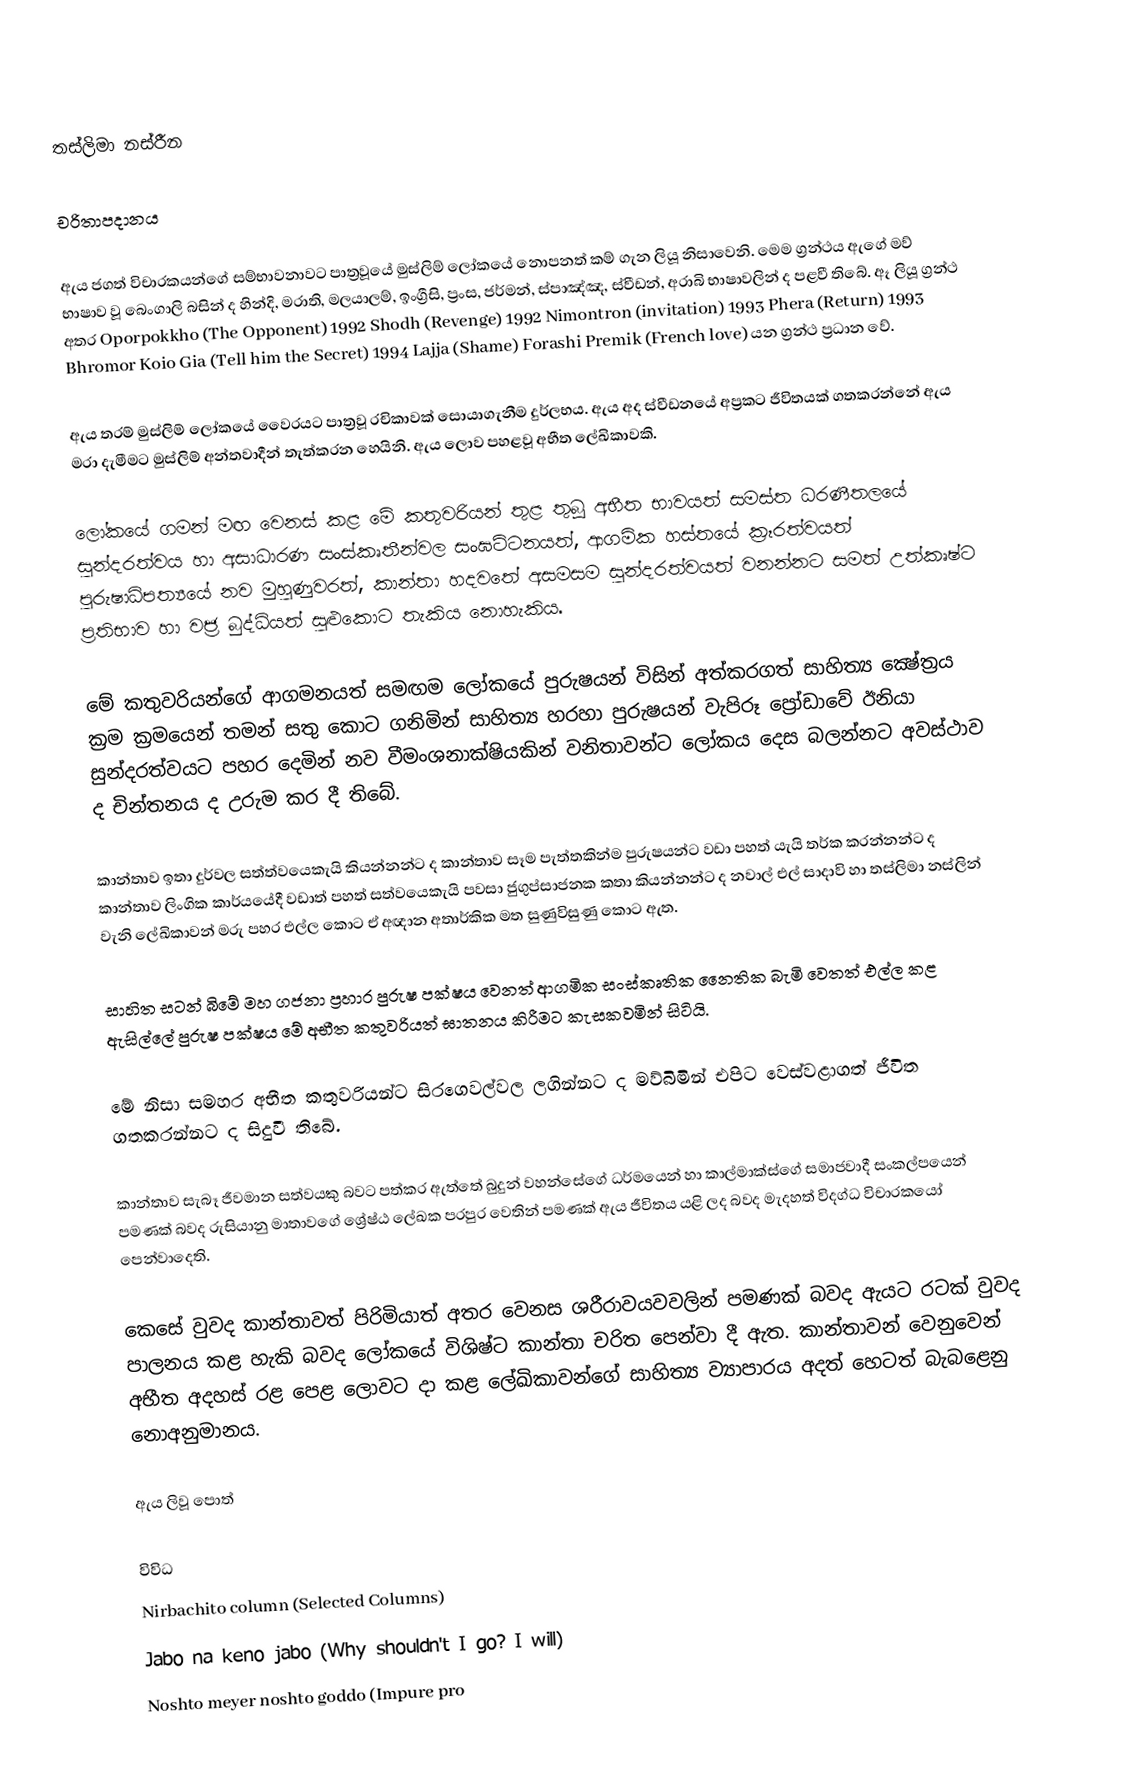
තස්ලිමා නස්රීන

චරිතාපදානය

ඇය ජගත් විචාරකයන්ගේ සම්භාවනාවට පාත්‍රවූයේ මුස්ලිම් ලෝකයේ නොපනත් කම් ගැන ලියූ නිසාවෙනි. මෙම ග්‍රන්ථය ඇගේ මව් භාෂාව වූ බෙංගාලි බසින් ද හින්දි, මරාති, මලයාලම්, ඉංග්‍රීසි, ප්‍රංස, ජර්මන්, ස්පාඤ්ඤ, ස්වීඩන්, අරාබි භාෂාවලින් ද පළවී තිබේ. ඈ ලියූ ග්‍රන්ථ අතර Oporpokkho (The Opponent) 1992 Shodh (Revenge) 1992 Nimontron (invitation) 1993 Phera (Return) 1993 Bhromor Koio Gia (Tell him the Secret) 1994 Lajja (Shame) Forashi Premik (French love) යන ග්‍රන්ථ ප්‍රධාන වේ.

ඇය තරම් මුස්ලිම් ලෝකයේ වෛරයට පාත්‍රවූ රචිකාවක් සොයාගැනීම දුර්ලභය. ඇය අද ස්වීඩනයේ අප්‍රකට ජීවිතයක් ගතකරන්නේ ඇය මරා දැමීමට මුස්ලිම් අන්තවාදීන් තැත්කරන හෙයිනි. ඇය ලොව පහළවූ අභීත ලේඛිකාවකි.

ලෝකයේ ගමන් මඟ වෙනස් කළ මේ කතුවරියන් තුළ තුබූ අභීත භාවයත් සමස්ත ධරණීතලයේ සුන්දරත්වය හා අසාධාරණ සංස්කෘතීන්වල සංඝට්ටනයත්, ආගමික හස්තයේ ක්‍රෑරත්වයත් පුරුෂාධිපත්‍යයේ නව මුහුණුවරත්, කාන්තා හදවතේ අසමසම සුන්දරත්වයත් වනන්නට සමත් උත්කෘෂ්ට ප්‍රතිභාව හා වජ්‍ර බුද්ධියත් සුළුකොට තැකිය නොහැකිය.

මේ කතුවරියන්ගේ ආගමනයත් සමඟම ලෝකයේ පුරුෂයන් විසින් අත්කරගත් සාහිත්‍ය ක්‍ෂේත්‍රය ක්‍රම ක්‍රමයෙන් තමන් සතු කොට ගනිමින් සාහිත්‍ය හරහා පුරුෂයන් වැපිරූ ප්‍රෝඩාවේ ඊනියා සුන්දරත්වයට පහර දෙමින් නව වීමංශනාක්ෂියකින් වනිතාවන්ට ලෝකය දෙස බලන්නට අවස්ථාව ද චින්තනය ද උරුම කර දී තිබේ.

කාන්තාව ඉතා දුර්වල සත්ත්වයෙකැයි කියන්නන්ට ද කාන්තාව සෑම පැත්තකින්ම පුරුෂයන්ට වඩා පහත් යැයි තර්ක කරන්නන්ට ද කාන්තාව ලිංගික කාර්යයේදී වඩාත් පහත් සත්වයෙකැයි පවසා ජුගුප්සාජනක කතා කියන්නන්ට ද නවාල් එල් සාදාවි හා තස්ලිමා නස්ලින් වැනි ලේඛිකාවන් මරු පහර එල්ල කොට ඒ අඥාන අතාර්කික මත සුණුවිසුණු කොට ඇත.

සාහිත සටන් බිමේ මහ ගජනා ප්‍රහාර පුරුෂ පක්ෂය වෙනත් ආගමික සංස්කෘතික නෛතික බැමි වෙතත් එල්ල කළ ඇසිල්ලේ පුරුෂ පක්ෂය මේ අභීත කතුවරියත් ඝාතනය කිරීමට කැසකවමින් සිටියි.

මේ නිසා සමහර අභීත කතුවරියන්ට සිරගෙවල්වල ලගින්නට ද මව්බිමින් එපිට වෙස්වළාගත් ජීවිත ගතකරන්නට ද සිදුවී තිබේ.

කාන්තාව සැබෑ ජීවමාන සත්වයකු බවට පත්කර ඇත්තේ බුදුන් වහන්සේගේ ධර්මයෙන් හා කාල්මාක්ස්ගේ සමාජවාදී සංකල්පයෙන් පමණක් බවද රුසියානු මාතාවගේ ශ්‍රේෂ්ඨ ලේඛක පරපුර වෙතින් පමණක් ඇය ජීවිතය යළි ලද බවද මැදහත් විදග්ධ විචාරකයෝ පෙන්වාදෙති.

කෙසේ වුවද කාන්තාවත් පිරිමියාත් අතර වෙනස ශරීරාවයවවලින් පමණක් බවද ඇයට රටක් වුවද පාලනය කළ හැකි බවද ලෝකයේ විශිෂ්ට කාන්තා චරිත පෙන්වා දී ඇත. කාන්තාවන් වෙනුවෙන් අභීත අදහස් රළ පෙළ ලොවට දා කළ ලේඛිකාවන්ගේ සාහිත්‍ය ව්‍යාපාරය අදත් හෙටත් බැබළෙනු නොඅනුමානය.

ඇය ලිවූ පොත්

විවිධ
Nirbachito column (Selected Columns)
Jabo na keno jabo (Why shouldn't I go? I will)
Noshto meyer noshto goddo (Impure pro